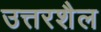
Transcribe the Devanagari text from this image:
उत्तरशैल